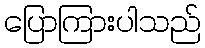
ပြောကြားပါသည်